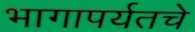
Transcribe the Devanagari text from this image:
भागापर्यतचे